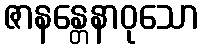
ဇာနန္တေနာဝုသော